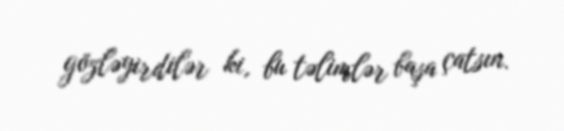
gözləyirdilər ki, bu təlimlər başa çatsın.